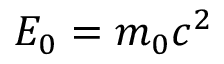
\ E _ { 0 } = m _ { 0 } c ^ { 2 }